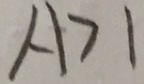
A > 1